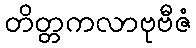
တိတ္တကလာဗုဗီဇံ